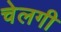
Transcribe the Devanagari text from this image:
चेलगी